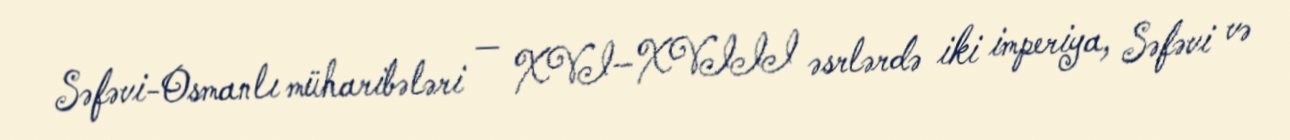
Səfəvi-Osmanlı müharibələri — XVI–XVIII əsrlərdə iki imperiya, Səfəvi və